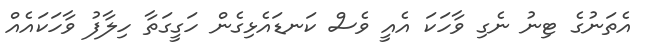
އެތަނުގެ ޓިނު ނެގި ވާހަކަ އެއީ ވެސް ކަނޑައެޅިގެން ހަގީގަތާ ހިލާފު ވާާހަކައެއް